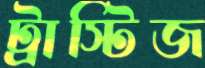
ট্রাস্টিজ